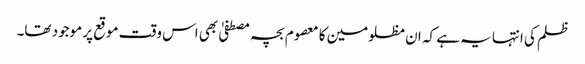
ظلم کی انتہا یہ ہے کہ ان مظلومین کا معصوم بچہ مصطفیٰ بھی اس وقت موقع پر موجود تھا۔